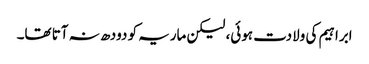
ابراہیم کی ولادت ہوئی، لیکن ماریہ کو دودھ نہ آتا تھا۔